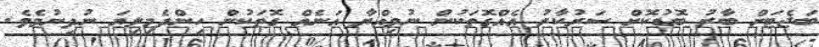
ބަޖެޓަށް ބާރު ބޮޑުކޮށް ސަރުކާރު އެއްގޮތަކުން ނުވިއްޔާ އަނެއް ގޮތަކުން ހިންދެމިލިޔަ ނުދިނުމެވެ.